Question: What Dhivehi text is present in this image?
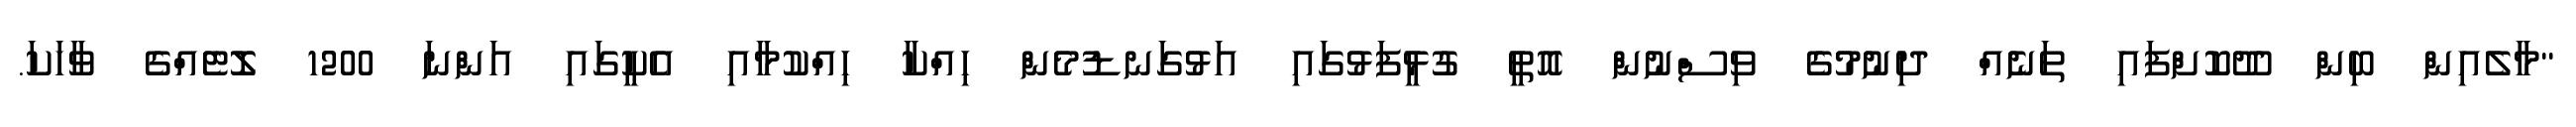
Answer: "މާލެއިން ބިން ދޫކޮށްފައި ތަނެއް ދިނުމުގެ ވިސްނުން އޮތީ ގުޅީފަޅުގައި އަޅުގަނޑުމެން ހިއްކާ ހިއްކުމާއި އެކީގައި އަންނަ 1200 ލޮޓެއްގެ ވާހަކަ.